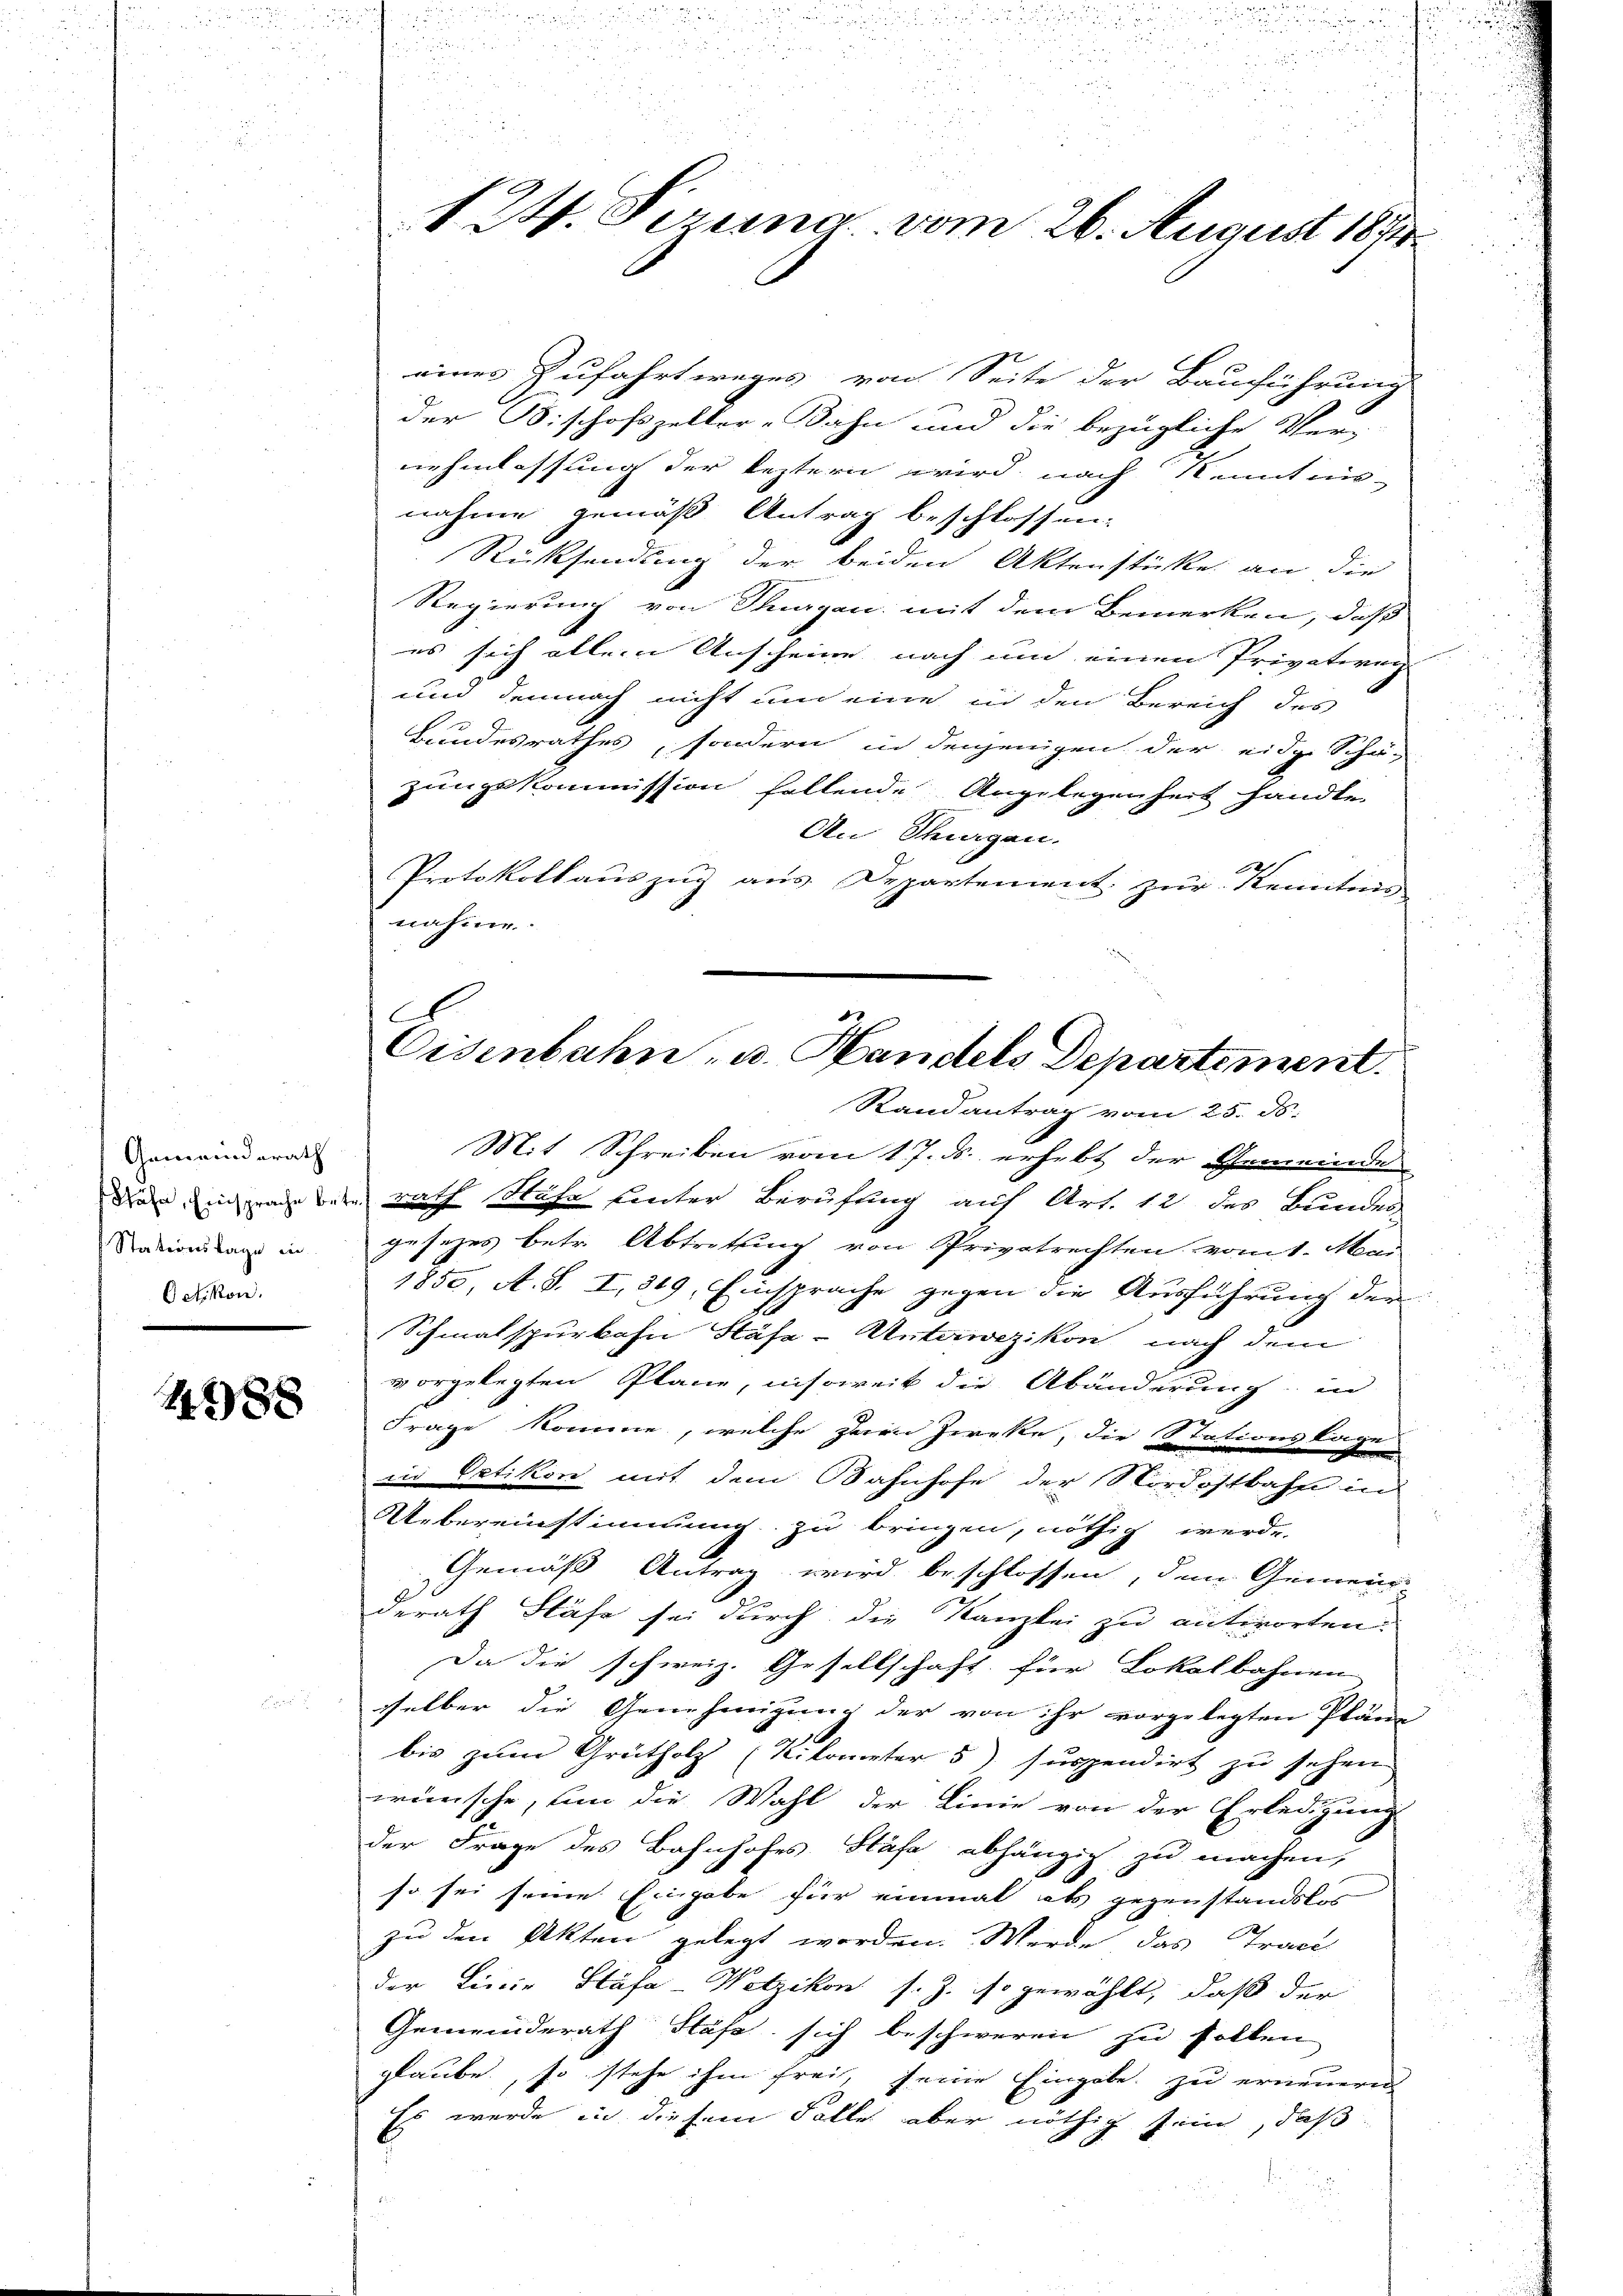
Gemeinderath
Stationslage in
Oetikon.

1588

124. Perung vom 26. August 1890.

einer Zufahrt weges von Seite der Bauführung
der Bischofszeller-Bahn und die bezügliche Ver-
nehmlassung der leztern wird nach Kenntnis-
nahme gemäß Antrag beschlossen:
Rücksendung der beiden Aktenstücke an die
Regierung von Stuagan mit dem Bemerken, daß
es sich allein Anscheine nach um einen Privativen
und demnach nicht und eine in den Bereich des
Bundesrathes, sondern in denjenigen der eidg. Schä-
zungskommission fallende Angelegenheit handte
An Thurgen.
Protokollauszug aus Departement zur Kenntnis
nahme.
.

3
C
Eisenbahn- u. Handels Departement.
Randantrag vom 25. ds.

Mit Schreiben vom 17. ds. erhebt der Gemeinde
den Einsprache beim rath Nähe hinter Berufung auf Art. 12 des Bunden
gesezes betr. Abtretung von Privatrechten vom 1. Mai
1850, A. S. I, 809, Einsprache gegen die Ausführung der
Schmalspurkahn Häfe-Unterwezikon nach dem
vorgelegten Plane, insoweit die Abänderung in
Frage komme, welche zum Zwecke, die Stationslagen
in Oetikon mit dem Bahnhofe der Nordostbahn in
Übereinstimmung zu bringen, nöthig werde.
Gemäss Antrag wird beschlossen, den Gemein-
derath Fläfe sei durch die Kanzlei zu antworten.
Da die schweiz. Gesellschaft für Lokalbahnen
selber die Genehmigung der von ihr vorgelegten Pläne
bis zum Grütholz (Kilometer 5) suspendirt zu sehen.
wünsche, um die Wahl der Linie von der Erledigung
der Frage des Bahnhofes Häfe abhängig zu machen,
so sei seine Eingabe für einmal als gegenstandslos
zu den Akten gelegt worden. Werde das Tract
der Linie Häsa-Wetzikon s. Z. so gewählt, daß der
Gemeinderath Höfe sich beschweren zu sollen
glaube, so stehe ihm frei, seine Eingabe zu erneuern
Es wurde in diesem Falle aber nöthig sein, daß